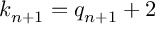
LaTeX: k _ { n + 1 } = q _ { n + 1 } + 2